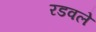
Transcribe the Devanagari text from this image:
रडवले